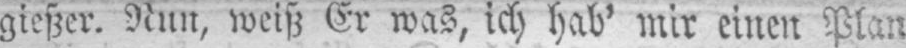
gießer. Nun, weiß Er was, ich hab’ mir einen Plan